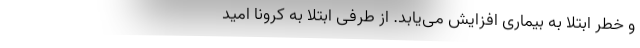
و خطر ابتلا به بیماری افزایش می‌یابد. از طرفی ابتلا به کرونا امید